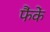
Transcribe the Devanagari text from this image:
फैंकें